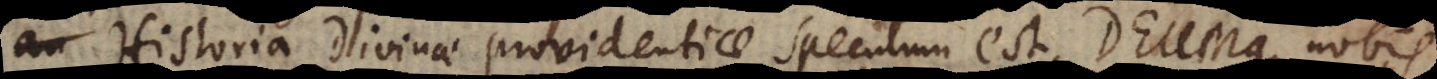
Historia Divinae providentiae speculum est, Deumque nobis